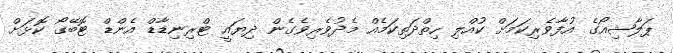
ޕަލާޝިއޯގެ އުފާވެރިކަމަށް ކުއްލި ހިތްދަތިކަމެއް މެދުވެރިވެގެން ދިޔައީ ޓްރިނިޑާޑް އެންޑް ޓޮބޭގޯ ކޮޅަށް